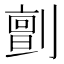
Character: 㔊